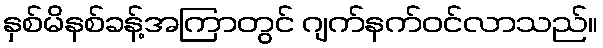
နှစ်မိနစ်ခန့်အကြာတွင် ဂျက်နက်ဝင်လာသည်။